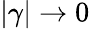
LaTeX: |\gamma|\rightarrow 0